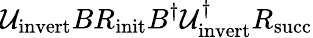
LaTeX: \mathcal{U}_{\mathrm{{invert}}}BR_{\mathrm{{init}}}B^{\dagger}\mathcal{U}_{\mathrm{{invert}}}^{\dagger}R_{\mathrm{{succ}}}